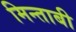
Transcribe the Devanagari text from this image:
मिन्ताबी